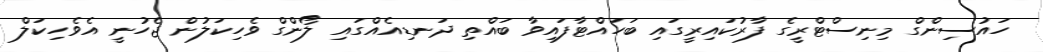
ހައުސިންގް މިނިސްޓްރީގެ ފާރުކައިރީގައި ބަހައްޓާފައިވާ ބައްތި ދަނޑިއެއްގައި ލޯންގް ވެހިކަލުން ޖެހުނީ އެވެހިކަލް